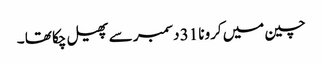
چین میں کرونا 31 دسمبر سے پھیل چکا تھا ۔